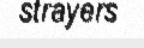
strayers